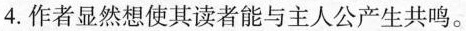
4.作者显然想使其读者能与主人公产生共鸣.